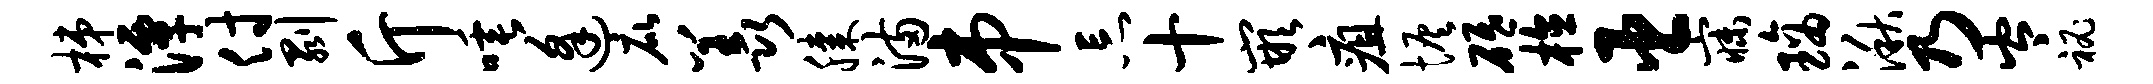
梯潭付剥斤唾逢庇羡膝满串忘十嵌疽恢砥植臣寐璃湫乃岑秘